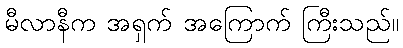
မီလာနီက အရှက် အကြောက် ကြီးသည်။